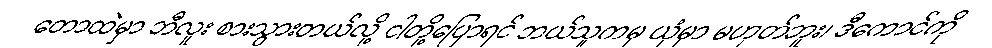
တောထဲမှာ ဘီလူး စားသွားတယ်လို့ ငါတို့ပြောရင် ဘယ်သူကမှ ယုံမှာ မဟုတ်ဘူး၊ ဒီကောင်ကို